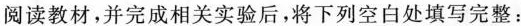
阅读教材，并完成相关实验后，将下列空白处填写完整：